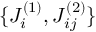
\{ J _ { i } ^ { ( 1 ) } , J _ { i j } ^ { ( 2 ) } \}